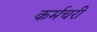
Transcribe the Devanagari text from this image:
कर्मचरी